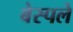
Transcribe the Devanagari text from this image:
बेस्पले